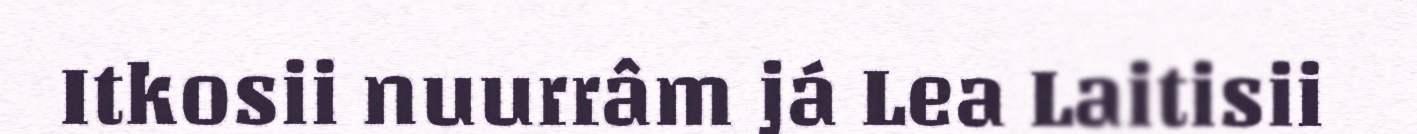
Itkosii nuurrâm já Lea Laitisii